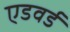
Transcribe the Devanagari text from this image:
एडवर्ड